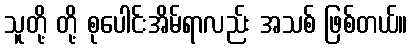
သူတို့ တို့ စုပေါင်းအိမ်ရာလည်း အသစ် ဖြစ်တယ်။